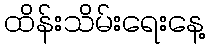
ထိန်းသိမ်းရေးနေ့